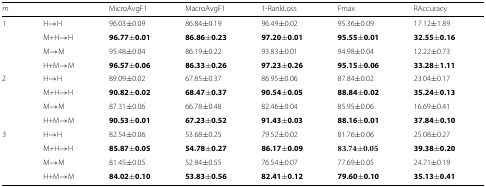
<table><thead><tr><td><b><i>m</i></b></td><td></td><td><b>MicroAvgF1</b></td><td><b>MacroAvgF1</b></td><td><b>1-RankLoss</b></td><td><b>Fmax</b></td><td><b>RAccuracy</b></td></tr></thead><tbody><tr><td>1</td><td>H →H</td><td>96.03 ±0.09</td><td>86.84 ±0.19</td><td>96.49 ±0.02</td><td>95.36 ±0.09</td><td>17.12 ±1.89</td></tr><tr><td></td><td>M+H →H</td><td><b>96.77 ±0.01</b></td><td><b>86.86 ±0.23</b></td><td><b>97.20 ±0.01</b></td><td><b>95.55 ±0.01</b></td><td><b>32.55 ±0.16</b></td></tr><tr><td></td><td>M →M</td><td>95.48 ±0.04</td><td>86.19 ±0.22</td><td>93.83 ±0.01</td><td>94.98 ±0.04</td><td>12.22 ±0.73</td></tr><tr><td></td><td>H+M →M</td><td><b>96.57 ±0.06</b></td><td><b>86.33 ±0.26</b></td><td><b>97.23 ±0.26</b></td><td><b>95.15 ±0.06</b></td><td><b>33.28 ±1.11</b></td></tr><tr><td>2</td><td>H →H</td><td>89.09 ±0.02</td><td>67.85 ±0.37</td><td>86.95 ±0.06</td><td>87.84 ±0.02</td><td>23.04 ±0.17</td></tr><tr><td></td><td>M+H →H</td><td><b>90.82 ±0.02</b></td><td><b>68.47 ±0.37</b></td><td><b>90.54 ±0.05</b></td><td><b>88.84 ±0.02</b></td><td><b>35.24 ±0.13</b></td></tr><tr><td></td><td>M →M</td><td>87.31 ±0.06</td><td>66.78 ±0.48</td><td>82.46 ±0.04</td><td>85.95 ±0.06</td><td>16.69 ±0.41</td></tr><tr><td></td><td>H+M →M</td><td><b>90.53 ±0.01</b></td><td><b>67.23 ±0.52</b></td><td><b>91.43 ±0.03</b></td><td><b>88.16 ±0.01</b></td><td><b>37.84 ±0.10</b></td></tr><tr><td>3</td><td>H →H</td><td>82.54 ±0.06</td><td>53.68 ±0.25</td><td>79.52 ±0.02</td><td>81.76 ±0.06</td><td>25.08 ±0.27</td></tr><tr><td></td><td>M+H →H</td><td><b>85.87 ±0.05</b></td><td><b>54.78 ±0.27</b></td><td><b>86.17 ±0.09</b></td><td>83.74 ±0.05</td><td><b>39.38 ±0.20</b></td></tr><tr><td></td><td>M →M</td><td>81.45 ±0.05</td><td>52.84 ±0.55</td><td>76.54 ±0.07</td><td>77.69 ±0.05</td><td>24.71 ±0.19</td></tr><tr><td></td><td>H+M →M</td><td><b>84.02 ±0.10</b></td><td><b>53.83 ±0.56</b></td><td><b>82.41 ±0.12</b></td><td><b>79.60 ±0.10</b></td><td><b>35.13 ±0.41</b></td></tr></tbody></table>